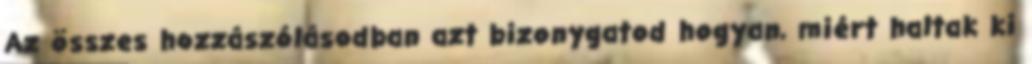
Az összes hozzászólásodban azt bizonygatod hogyan, miért haltak ki